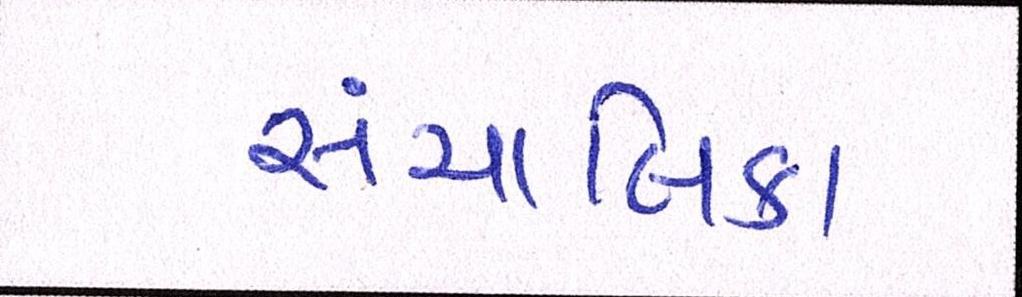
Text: સંચાલિકા